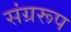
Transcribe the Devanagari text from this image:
संग्ररूप